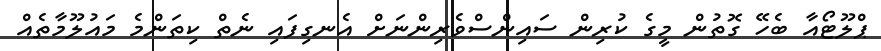
ޕްލޫޓޯއާ ބެހޭ ގޮތުން މީގެ ކުރިން ސައިންސްވެރިންނަށް އެނގިފައި ނެތް ކިތަންމެ މައުލޫމާތެއް